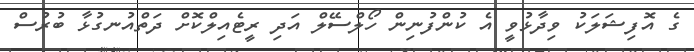
ގެ އޮފިޝަލަކު ވިދާޅުވީ އެ ކުންފުނިން ހޯލްސޭލް އަދި ރީޓެއިލްކޮށް ދަތްއުނގުޅާ ބުރުސް